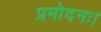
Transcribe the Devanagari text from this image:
प्रमोदनः।